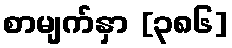
စာမျက်နှာ [၃၈၆]